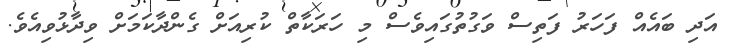
އަދި ބައެއް ފަހަރު ފަތިސް ވަގުތުގައިވެސް މި ހަރަކާތް ކުރިއަށް ގެންދާކަމަށް ވިދާޅުވިއެވެ.